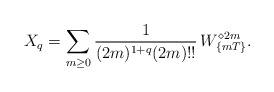
LaTeX: \begin{align*}X_q = \sum\limits_{m \geq 0} \frac{1}{(2m)^{1+q} (2m)!!}\, W_{\{mT\}}^{\diamond 2m}.\end{align*}